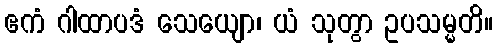
ဧကံ ဂါထာပဒံ သေယျော၊ ယံ သုတွာ ဥပသမ္မတိ။